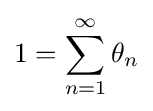
1=\sum _{n=1}^{\infty }\theta _{n}